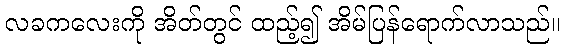
လခကလေးကို အိတ်တွင် ထည့်၍ အိမ်ပြန်ရောက်လာသည်။